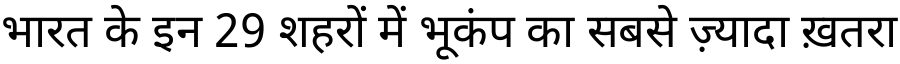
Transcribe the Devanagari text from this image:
भारत के इन 29 शहरों में भूकंप का सबसे ज़्यादा ख़तरा